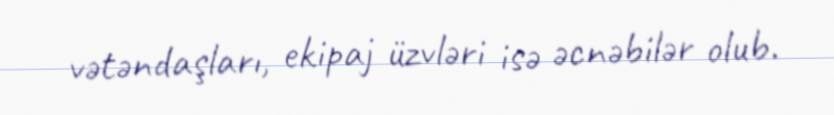
vətəndaşları, ekipaj üzvləri isə əcnəbilər olub.